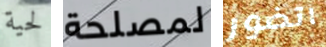
لحية لمصلحة اتضور